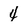
Character: 4